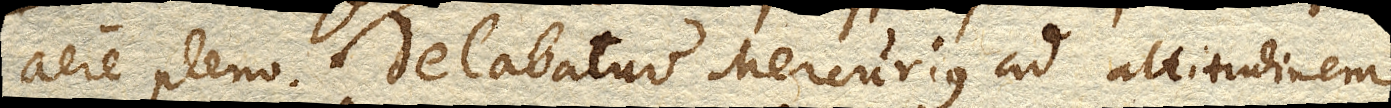
aere pleno. Delabatur Mercurius ad altitudinem